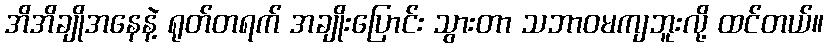
အိအိချိုအနေနဲ့ ရုတ်တရက် အချိုးပြောင်း သွားတာ သဘာဝမကျဘူးလို့ ထင်တယ်။